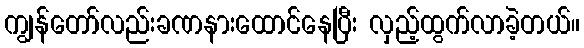
ကျွန်တော်လည်းခဏနားထောင်နေပြီး လှည့်ထွက်လာခဲ့တယ်။